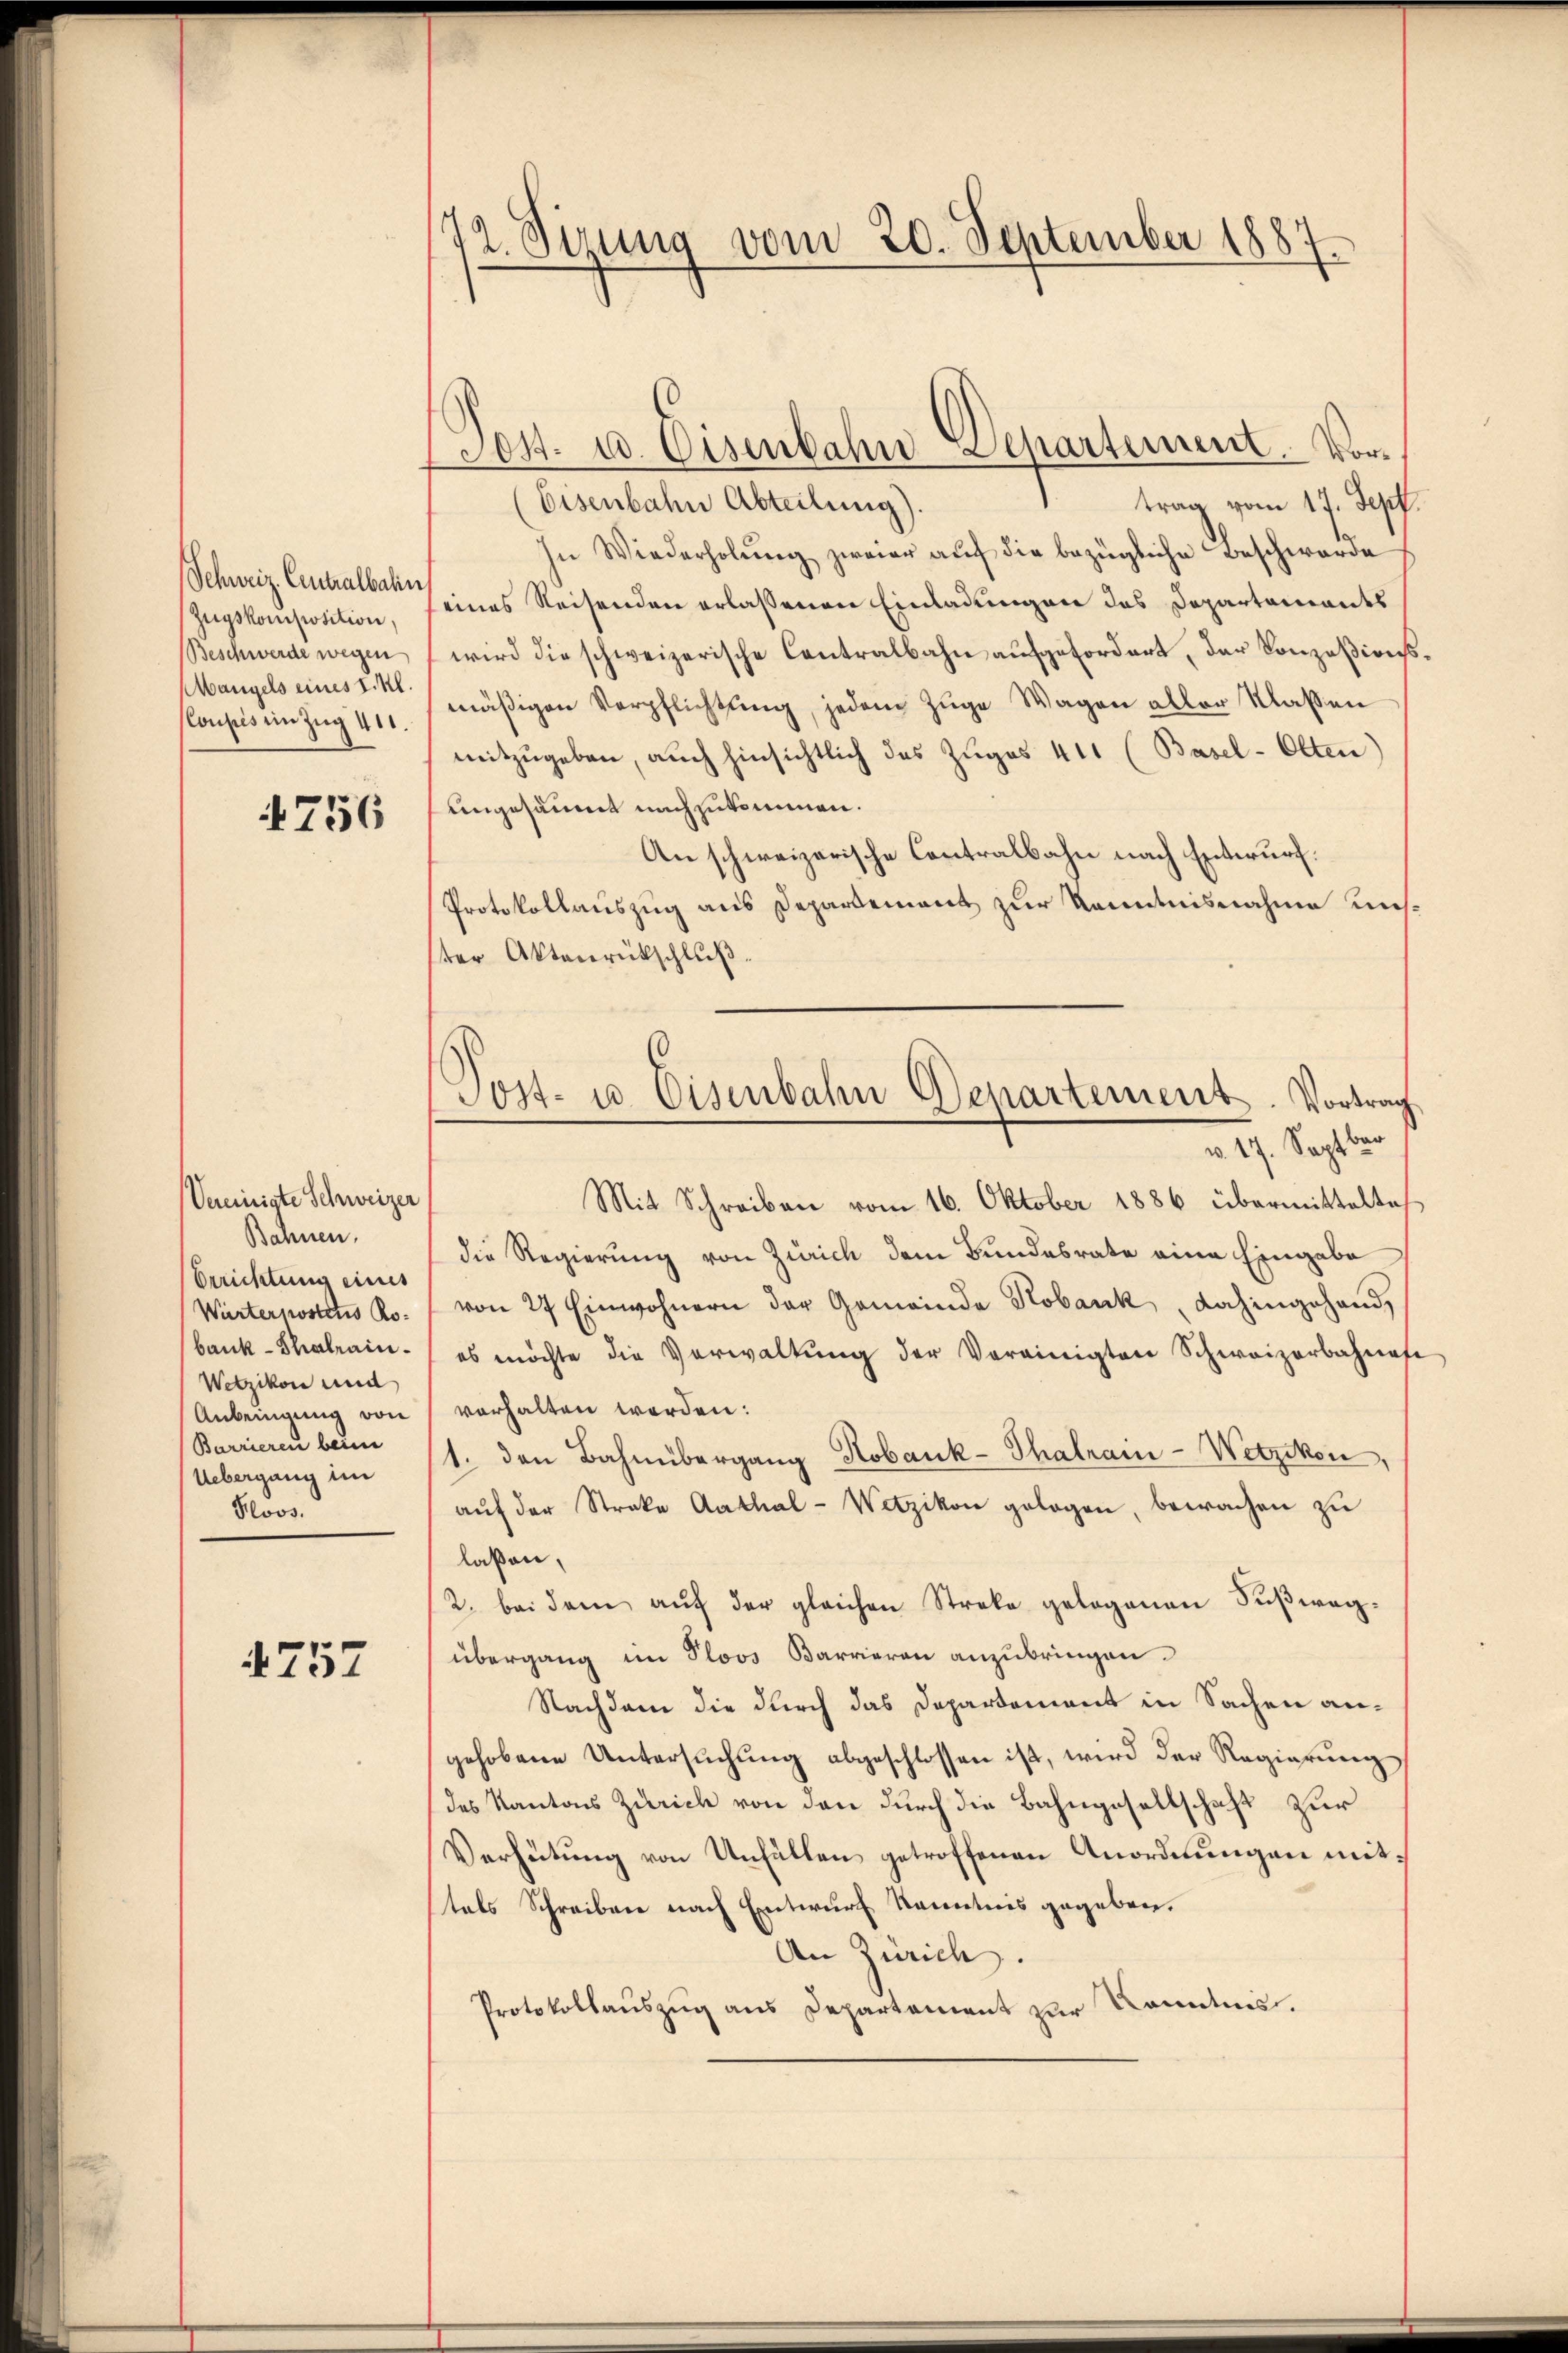
Schweiz. Centralbahn
Zugskomposition.
Beschwerde wegen
Mangels eines I. Kl.
Coupes in Zug 411.

1756

Vereinigte Schweizer
Bahnen.
Brrichtung eines
Wärternostius Ro-
bank-Thalrain¬
Wetzikon und
Anbringung von
Barrieren beim
Uebergang im
Plos.

4757

72. Sirung vom 20. September 1887.

Eisenbahn Abteilung).
trag vom 17. Sepp
In Wiederholung zweier auf die bezügliche Beschwerde
eines Reisenden erlassenen Einladungen des Departements
wird die schweizerische Contralbahn aufgefordert, der Konzesions
mäßigen Verpflichtung, jedem Zuge Wagen aller Klassen
mitzugeben, auch hinsichtlich das Zuges 411 (Basel-Olten)
engesäumt nachzukommen.
An schweizerische Contralbahn nach Entwurf.
Protokollauszug aus Departement zur Kenntnisnahme unster Aktenrückschluß
ba
Mit Schreiben vom 16. Oktober 1886 übermittelte
die Regierung von Zürich dem Bundesrate eine Eingabe
von 27 Einwohnern der Gemeinde Kobank, dahingehand
es möchte die Verwaltŭng der Vereinigten Schweizerbahnest
verhalten werden:
1. den Bahnübergang Robank-Thalrain-Wetzikon,
aŭf der Streke Aathal-Wetzikon gelegen, bewachen zu
laßen,
2. bei dem aŭf der gleichen Streke gelegenen Fußwegübergang im Ploos Barrieren anzubringen.
Nachdem die durch das Departement in Sachen angehobene Untersŭchŭng abgeschlossen ist, wird der Regierung
des Kantons Zürich von den durch die Bahngesellschaft zur
Verhütung von Unfällen getroffenen Anordnungen mittals Schreiben nach Entwurf Kenntnis gegeben.
An Zürich.
Protokollauszug aus Departement zur Kenntnis.

Sos- u. Eisenbahr Departement. Vor¬

Post- u. Eisenbahn Departement. Vortrag
v. 17. Sept.